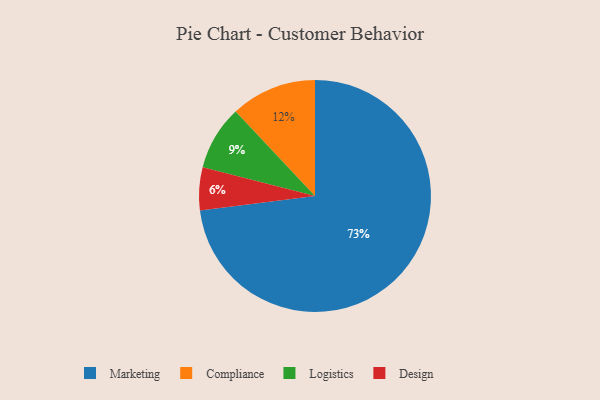
{"axis": {"x": "Category", "y": "Percentage"}, "legend": ["Compliance", "Design", "Logistics", "Marketing"], "data": [{"x": "Design", "y": 6, "type": "Design"}, {"x": "Compliance", "y": 12, "type": "Compliance"}, {"x": "Logistics", "y": 9, "type": "Logistics"}, {"x": "Marketing", "y": 73, "type": "Marketing"}]}